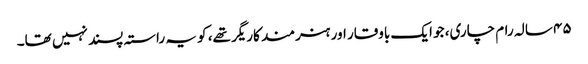
۴۵ سالہ رام چاری، جو ایک باوقار اور ہنرمند کاریگر تھے، کو یہ راستہ پسند نہیں تھا۔